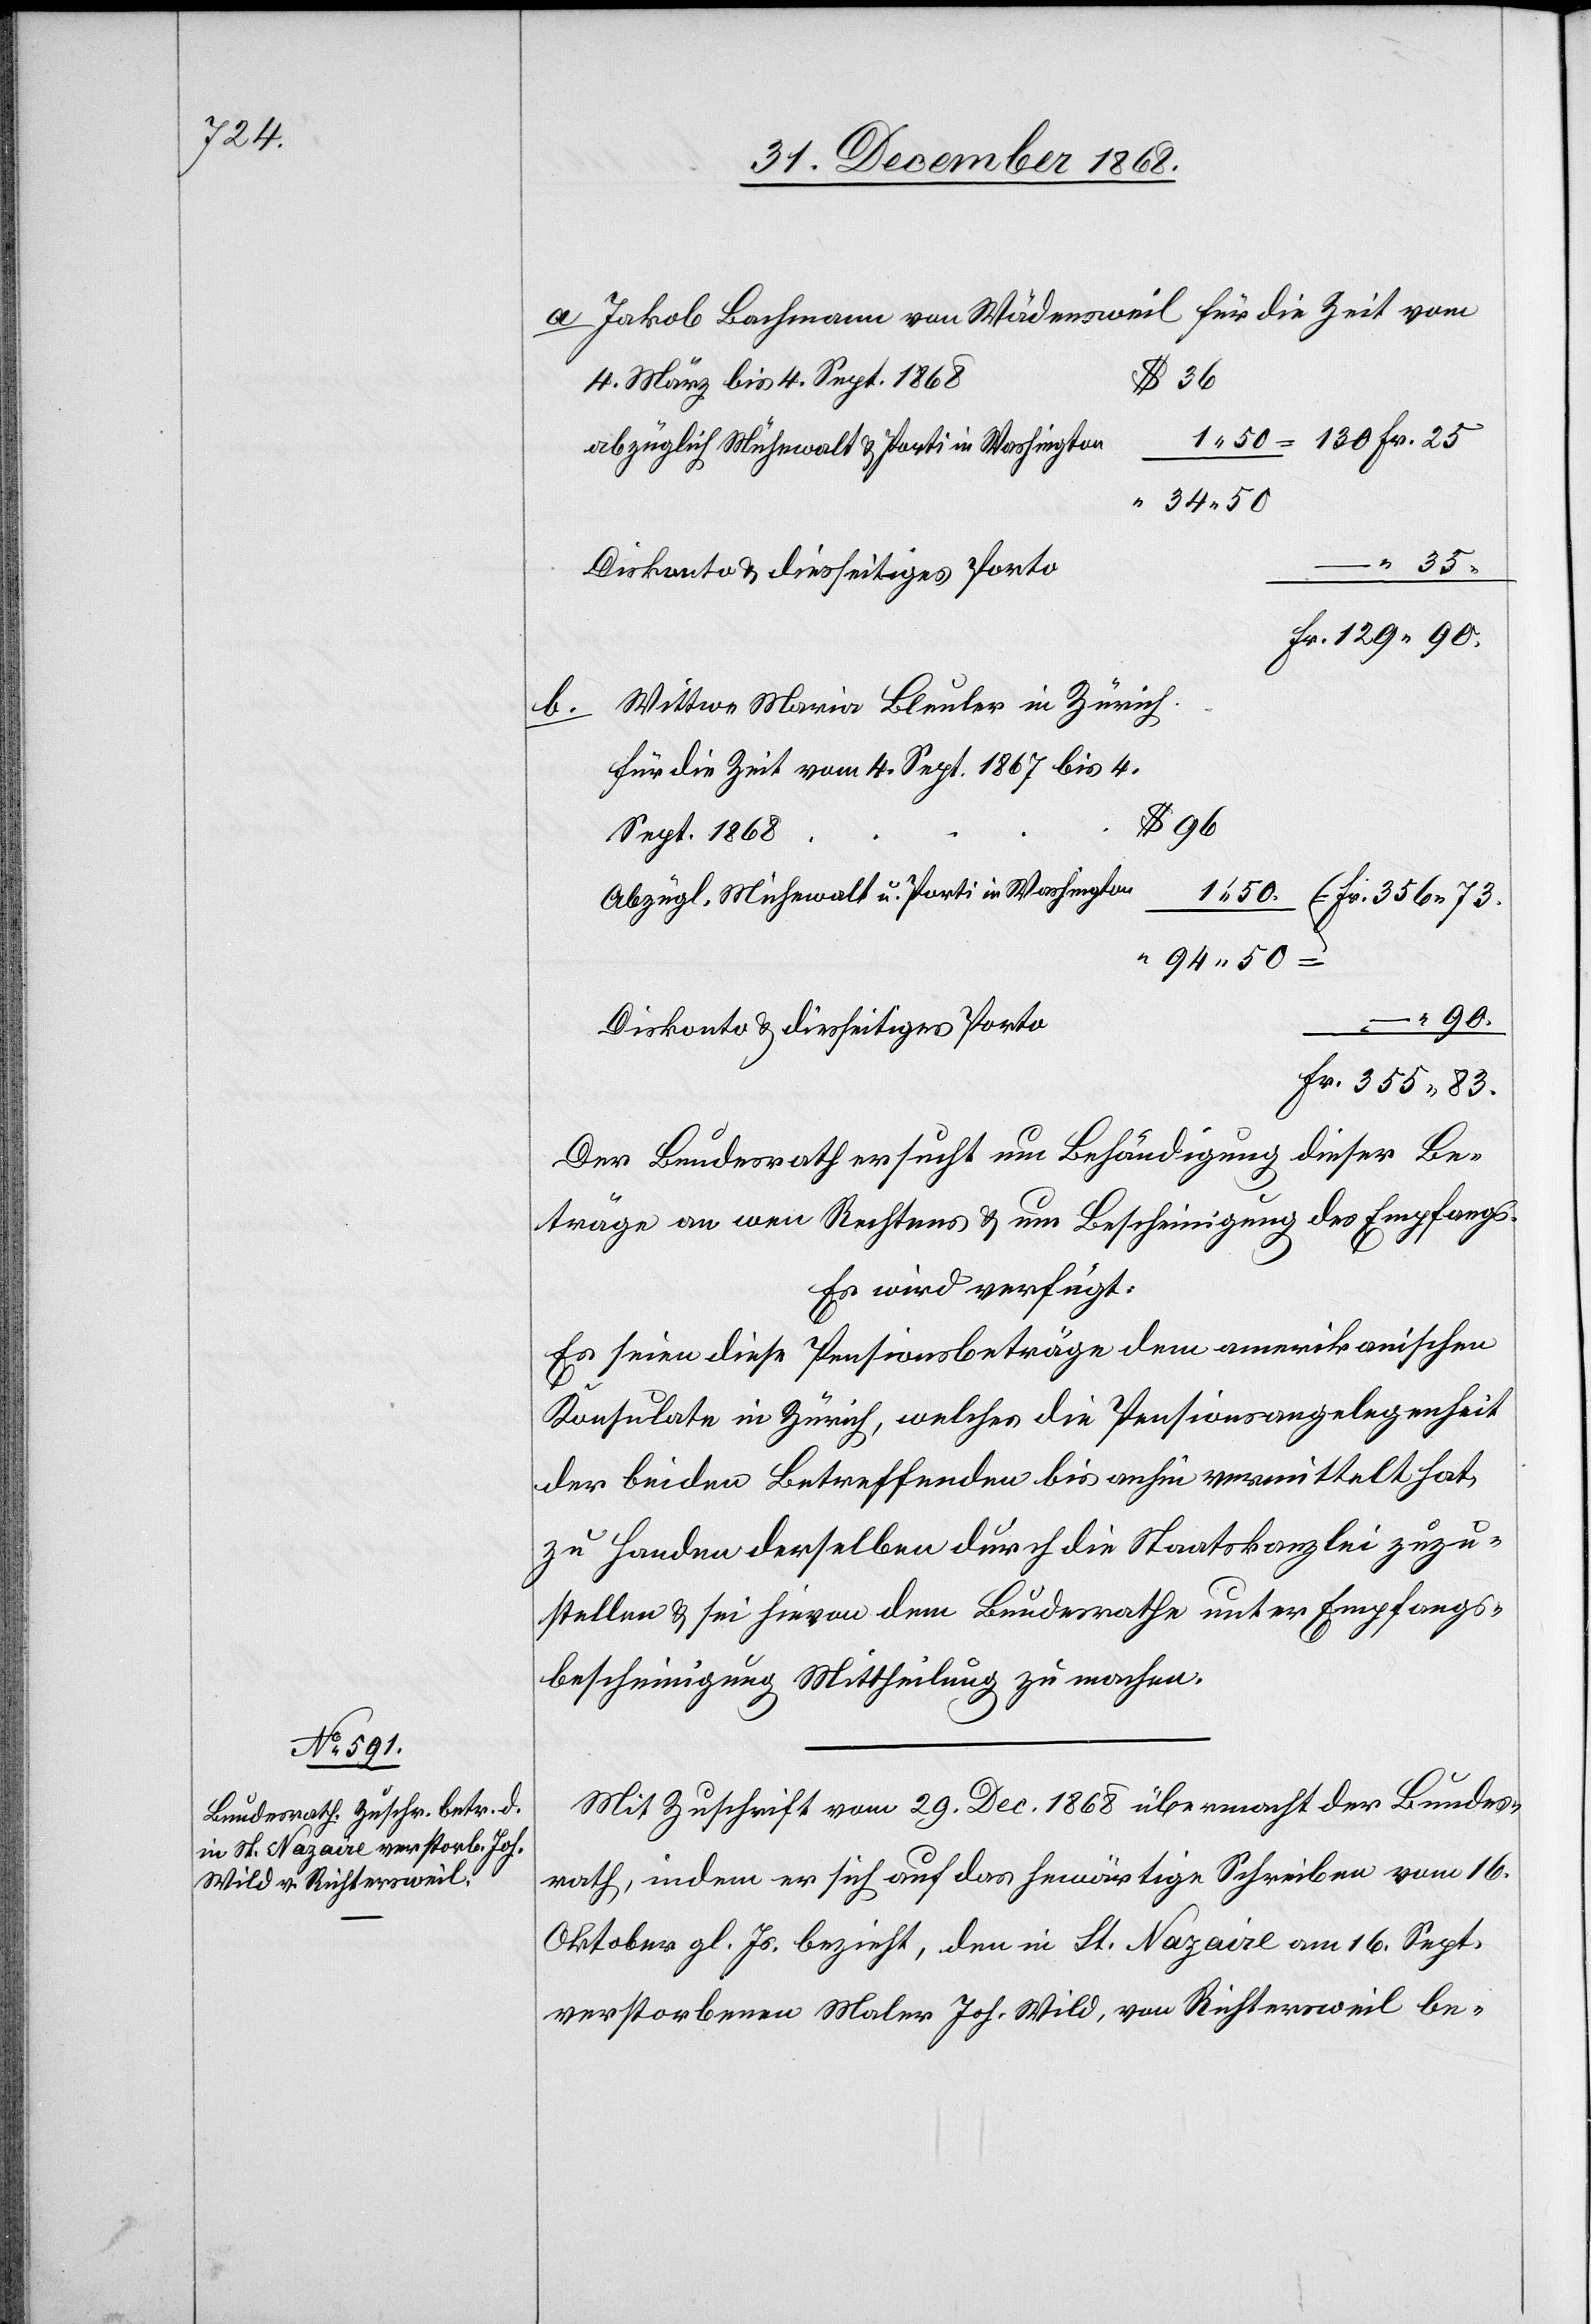
Jakob Bachmann von Wädensweil für die Zeit vom
1.50.
4. März bis 4. Sept. 1868
= 130 Fr. 25
abzüglich Mühewalt & Porti in Washington
34.50
Diskonto & diesseitiges Porto
Fr. 129.90
Wittwe Maria Bleuler in Zürich
2.
für die Zeit vom 4. Sept. 1867 bis 4.
$ 96
Sept. 1868
Abzügl. Mühewalt u. Porti in Washington
“ 94.50
“ 90
Fr. 355.83.
Der Bundesrath ersucht um Behändigung dieser Be¬
träge an wen Rechtens & um Bescheinigung des Empfangs.
Es wird verfügt:
Es seien diese Pensionsbeträge dem amerikanischen
Konsulate in Zürich, welches die Pensionsangelegenheit
der beiden Betreffenden bis anhin vermittelt hat,
zu Handen derselben durch die Staatskanzlei zuzu¬
stellen & sei hievon dem Bundesrathe unter Empfangs¬
bescheinigung Mittheilung zu machen.
Mit Zuschrift vom 29. Dec. 1868 übermacht der Bundes¬
rath, indem er sich auf das he[r]wärtige Schreiben vom 16.
Oktober gl. Js. bezieht, den in St. Nazaire am 16. Sept.
verstorbenen Maler Joh. Wild, von Richtersweil be-